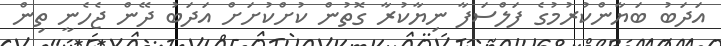
އަދަބު ބަޔާންކުރުމުގެ ފަލްސަފާ ނިޔާކުރާ ގޮތުން ކުށްކުށަށް އަދަބު ދޭން ޖެހެނީ ތިން